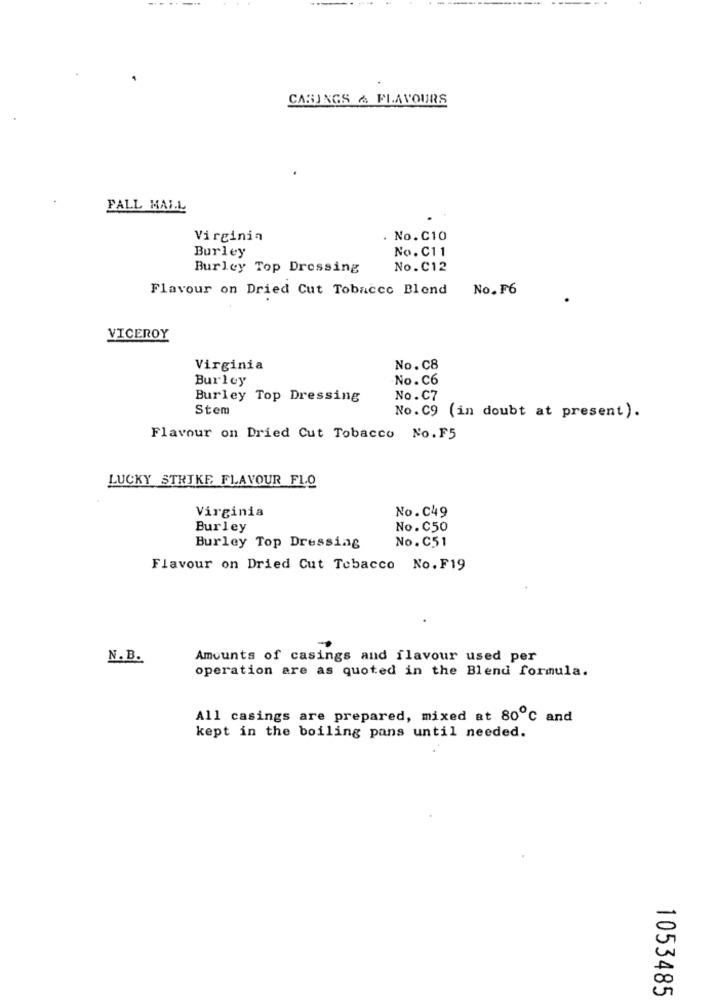
CARINGS & FLAVOURS
FALL MALL
Virginin
. No. C10
Burley
No.C11
Burley Top Dressing
No.C12
Flavour on Dried Cut Tobacco Blend
No. F6
VICEROY
Virginia
No.C8
Burley
No.C6
Burley Top Dressing
No.C7
Stem
No.C9 (in doubt at present).
Flavour on Dried Cut Tobacco No.F5
LUCKY STRIKE FLAVOUR FI.O
Virginia
No.C49
Burley
No.C50
No.C51
Burley Top Dressing
Flavour on Dried Cut Tobacco No. F19
N.B.
Amounts of casings and flavour used per
operation are as quoted in the Blend formula.
All casings are prepared, mixed at 80℃ and
kept in the boiling pans until needed.
1053485